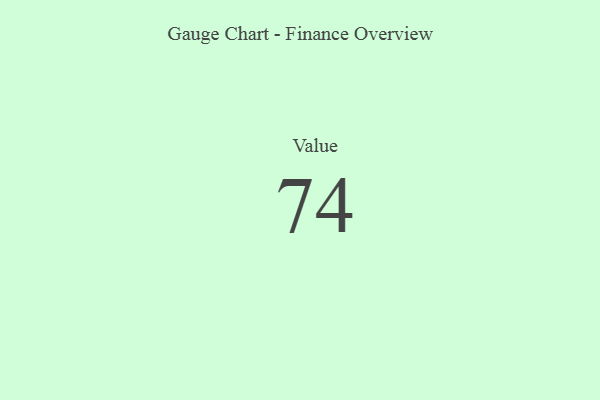
{"axis": {"x": "Metric", "y": "Value"}, "legend": [""], "data": [{"x": "Value", "y": 74, "type": ""}]}